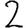
Digit: 2